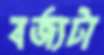
বর্জ্যটা